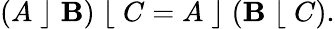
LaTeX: (A\; \rfloor\; \mathbf{B})\; \lfloor\; C=A\; \rfloor\; (\mathbf{B}\; \lfloor\; C).